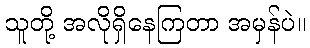
သူတို့ အလိုရှိနေကြတာ အမှန်ပဲ။